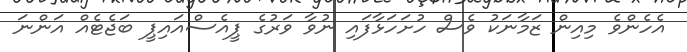
އެހެންވެ މިއިން ޒަމާނަކު ވެސް ހުށަހަޅާފައި ނުވާ ވަރުގެ ޕީއެސްއައިޕީ ބަޖެޓެއް އަންނަ